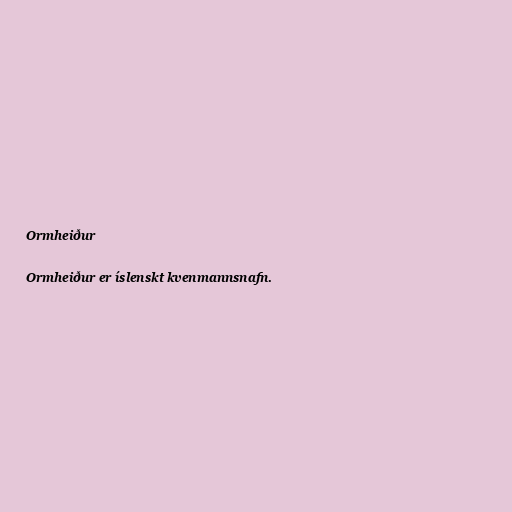
Ormheiður

Ormheiður er íslenskt kvenmannsnafn.